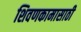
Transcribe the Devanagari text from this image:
शिवणकामासाठी